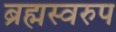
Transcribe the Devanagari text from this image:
ब्रह्मस्वरुप